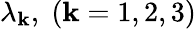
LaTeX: {{\lambda_{\mathbf{k}}}},\; \left({\mathbf{k}=1,2,3}\right)